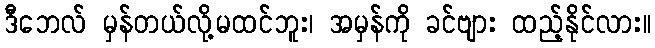
ဒီဘေလ် မှန်တယ်လို့မထင်ဘူး၊ အမှန်ကို ခင်ဗျား ထည့်နိုင်လား။